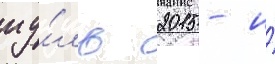
иу́ль 2015 - и́